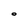
Character: O